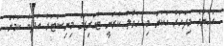
އެހެންވެ މިފަހަރު އެކަން މި ހަވާލު ކުރަނީ ޓުއަރިޒަމް މިިނިސްޓަރު އަދީބާ ކަމަށް